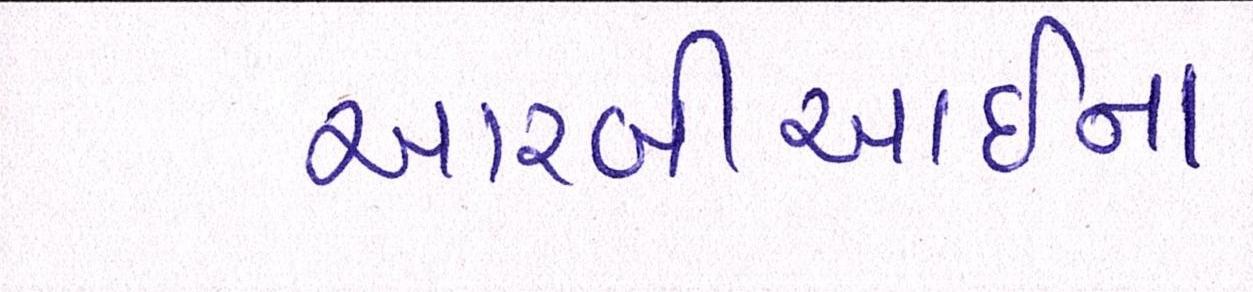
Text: આરબીઆઇના